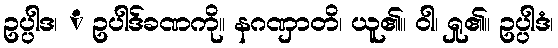
ဥပ္ပါဒ၊ ံ ဥပါဒ်ခဏကို။ နဂဏှာတိ၊ ယူ၏။ ဝါ၊ ရှု၏။ ဥပ္ပါဒံ၊